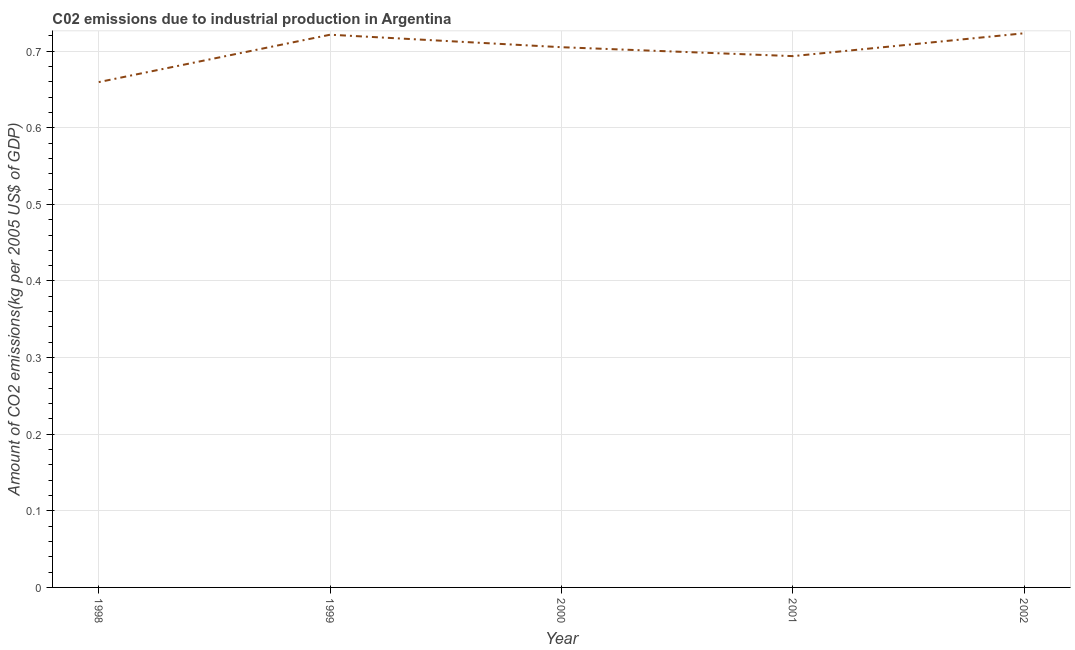
| Year | CO2 emissions  |
 | --- | --- |
 | 1998 | 0.66 |
 | 1999 | 0.721 |
 | 2000 | 0.705 |
 | 2001 | 0.694 |
 | 2002 | 0.723 |